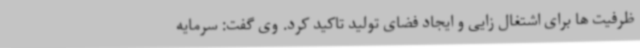
ظرفیت ها برای اشتغال زایی و ایجاد فضای تولید تاکید کرد. وی گفت: سرمایه